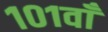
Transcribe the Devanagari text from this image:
१०१वाँ